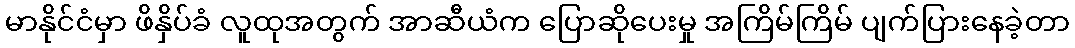
မာနိုင်ငံမှာ ဖိနှိပ်ခံ လူထုအတွက် အာဆီယံက ပြောဆိုပေးမှု အကြိမ်ကြိမ် ပျက်ပြားနေခဲ့တာ